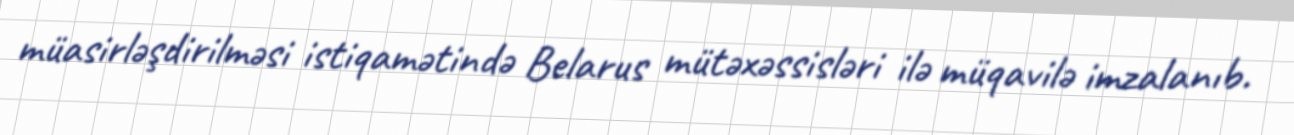
müasirləşdirilməsi istiqamətində Belarus mütəxəssisləri ilə müqavilə imzalanıb.